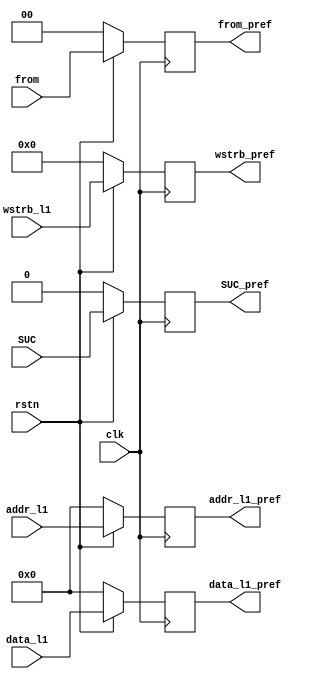
module L2cache_pref_reqbuf (
    input clk,rstn,
    input [31:0]addr_l1,data_l1,
    input [1:0]from,
    input [3:0]wstrb_l1,
    input SUC,
    output reg [31:0]addr_l1_pref,data_l1_pref,
    output reg [1:0]from_pref,
    output reg [3:0]wstrb_pref,
    output reg SUC_pref
);
always @(posedge clk) begin
    if(!rstn)begin
        addr_l1_pref <= 0;
        data_l1_pref <= 0;
        from_pref <= 0;
        wstrb_pref <= 0;
        SUC_pref <= 0;
    end
    else begin
        addr_l1_pref <= addr_l1;
        data_l1_pref <= data_l1;
        from_pref <= from;
        wstrb_pref <= wstrb_l1;
        SUC_pref <= SUC;
    end
end
endmodule